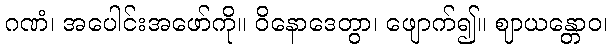
ဂဏံ၊ အပေါင်းအဖော်ကို။ ဝိနောဒေတွာ၊ ဖျောက်၍။ ဈာယန္တောဝ၊